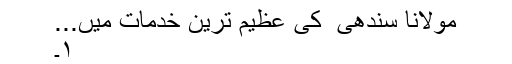
مولانا سندھی ؒ کی عظیم ترین خدمات میں...
۱۔